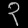
Digit: ၃